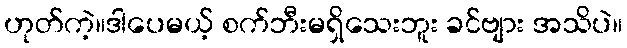
ဟုတ်ကဲ့။ဒါပေမယ့် စက်ဘီးမရှိသေးဘူး ခင်ဗျား အသိပဲ။